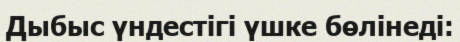
Дыбыс үндестігі үшке бөлінеді: